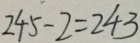
2 4 5 - 2 = 2 4 3